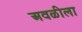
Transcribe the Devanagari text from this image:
अवळीला